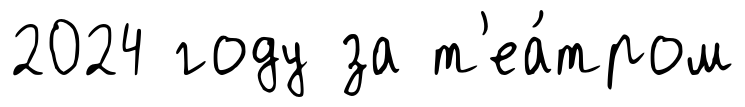
2024 году за т'еа́тром